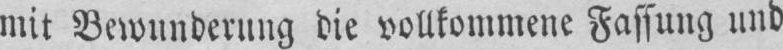
mit Veivunderung die vollkommene Fassung nnd